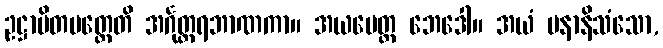
ဥဋ္ဌာပိတမတ္တေတိ အင်္ဂုတ္တရဘာဏကာ။ အယမေတ္ထ ဘေဒေါ။ အယံ ပနာနိသံသော,